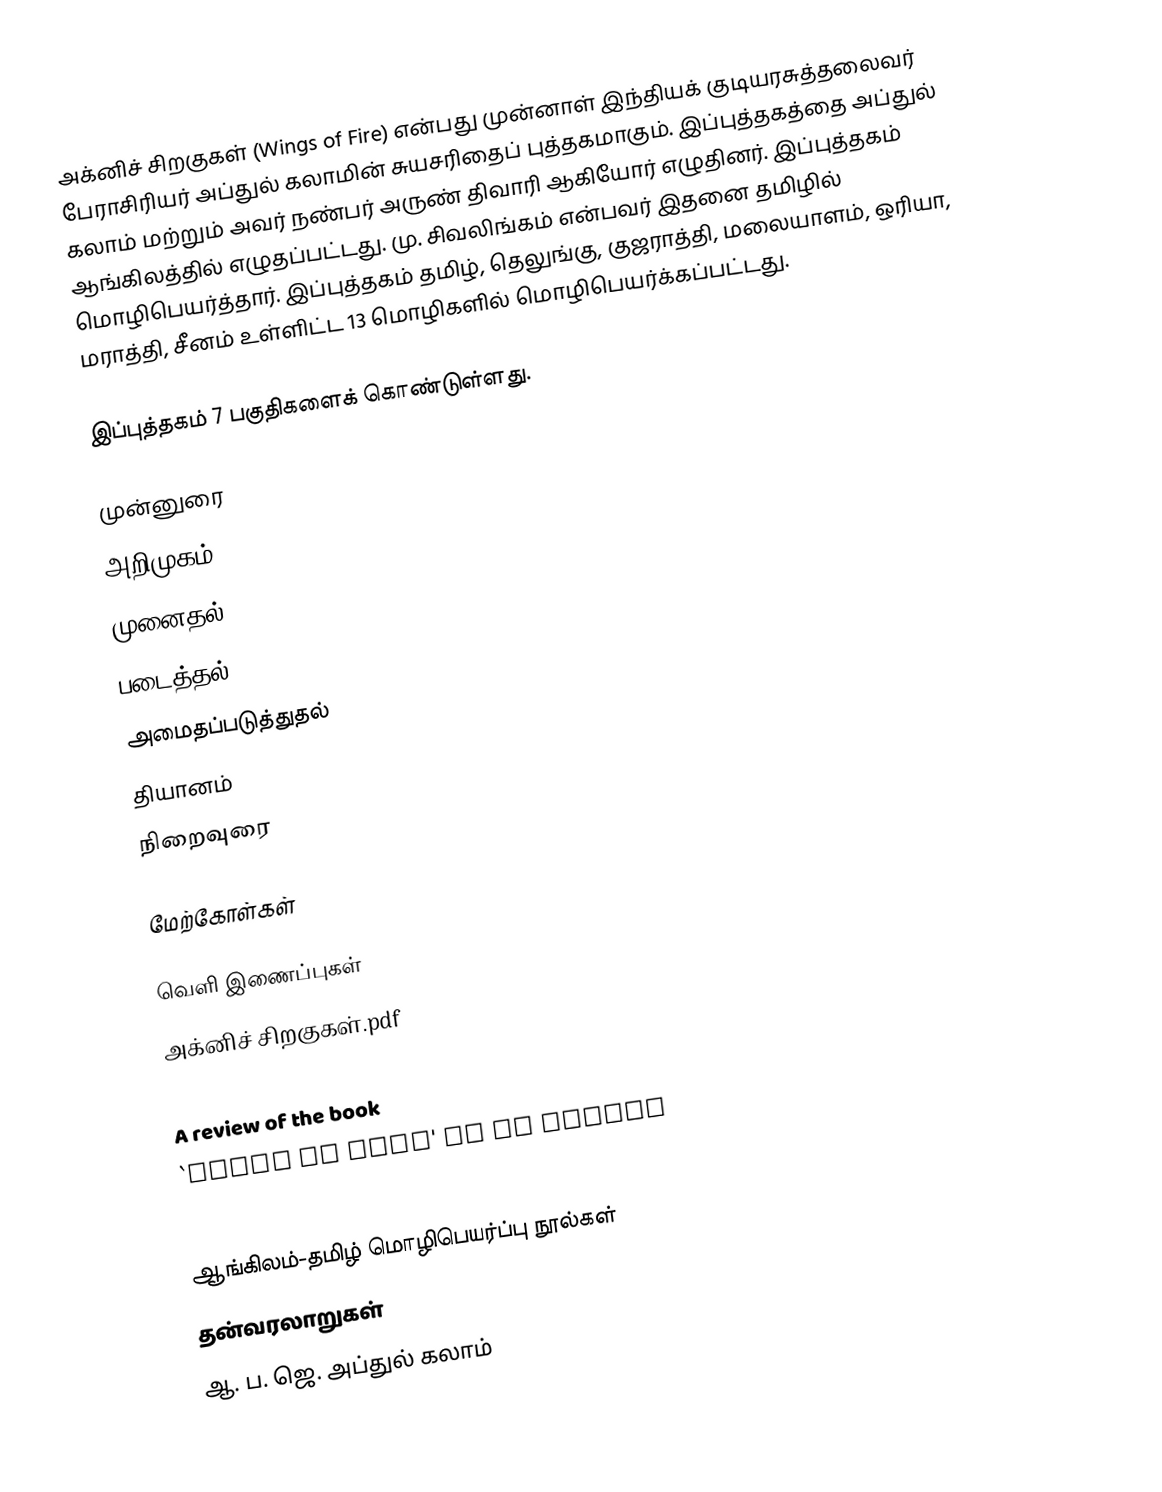
அக்னிச் சிறகுகள் (Wings of Fire) என்பது முன்னாள் இந்தியக் குடியரசுத்தலைவர் பேராசிரியர் அப்துல் கலாமின் சுயசரிதைப் புத்தகமாகும். இப்புத்தகத்தை அப்துல் கலாம் மற்றும் அவர் நண்பர் அருண் திவாரி ஆகியோர் எழுதினர். இப்புத்தகம் ஆங்கிலத்தில் எழுதப்பட்டது. மு. சிவலிங்கம் என்பவர் இதனை தமிழில் மொழிபெயர்த்தார். இப்புத்தகம் தமிழ், தெலுங்கு, குஜராத்தி, மலையாளம், ஒரியா, மராத்தி, சீனம் உள்ளிட்ட 13 மொழிகளில் மொழிபெயர்க்கப்பட்டது.

இப்புத்தகம் 7 பகுதிகளைக் கொண்டுள்ளது.

 முன்னுரை
 அறிமுகம்
 முனைதல்
 படைத்தல்
 அமைதப்படுத்துதல்
 தியானம்
 நிறைவுரை

மேற்கோள்கள்

வெளி இணைப்புகள்
 அக்னிச் சிறகுகள்.pdf
 Review of WOF
 A review of the book
 `Wings of Fire' to go online
 Book Review of Wings of Fire

ஆங்கிலம்-தமிழ் மொழிபெயர்ப்பு நூல்கள்
தன்வரலாறுகள்
ஆ. ப. ஜெ. அப்துல் கலாம்